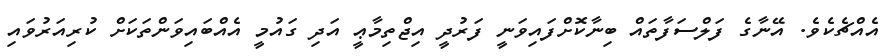
އެއްޗެކެވެ. އޭނާގެ ފަލްސަފާތައް ބިނާކޮށްފައިވަނީ ފަރުދީ އިޖްތިމާޢީ އަދި ގައުމީ އެއްބައިވަންތަކަށް ކުރިއަރުވައި